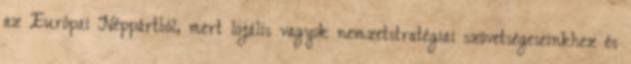
az Európai Néppártból, mert lojális vagyok nemzetstratégiai szövetségeseinkhez és